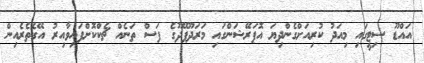
އައްޑޫ ސިޓީގައި މިއަދު ކުރިއަށްގެންދިޔަ އޮޕަރޭޝަންގައި މަރަދޫފޭދޫގެ ފަސް ތަނެއް ޗެކްކޮށްފައިވާއިރު އޭގެތެރެއިން